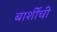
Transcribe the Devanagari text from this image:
बार्शीची